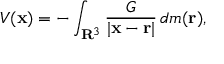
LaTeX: V ( \mathbf { x } ) = - \int _ { \mathbf { R } ^ { 3 } } { \frac { G } { | \mathbf { x } - \mathbf { r } | } } \, d m ( \mathbf { r } ) ,